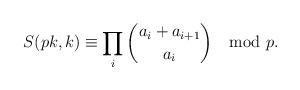
LaTeX: \begin{align*}S(pk,k) \equiv \prod_i \binom{a_i+a_{i+1}}{a_i} \mod p.\end{align*}